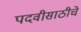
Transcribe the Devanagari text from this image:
पदवीसाठीचे